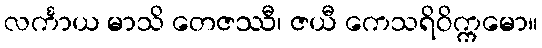
လင်္ကာယ မာသိ တေဇဿီ၊ ဇယီ ကေသရိဝိက္ကမော။